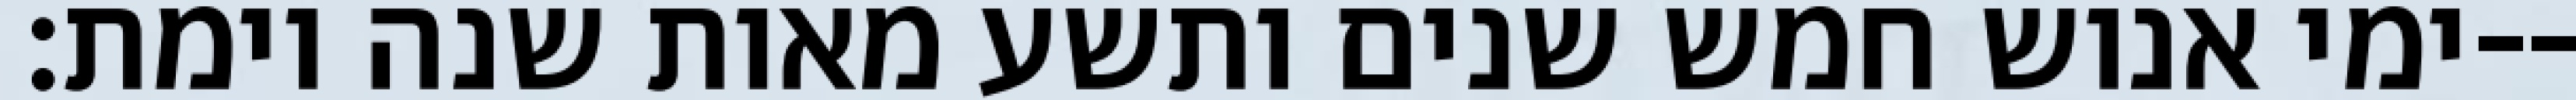
ימי אנוש חמש שנים ותשע מאות שנה וימת׃--